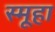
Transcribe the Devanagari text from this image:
स्मूहा